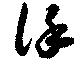
徐